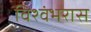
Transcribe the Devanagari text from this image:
विश्वंभरास